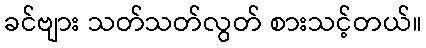
ခင်ဗျား သတ်သတ်လွတ် စားသင့်တယ်။